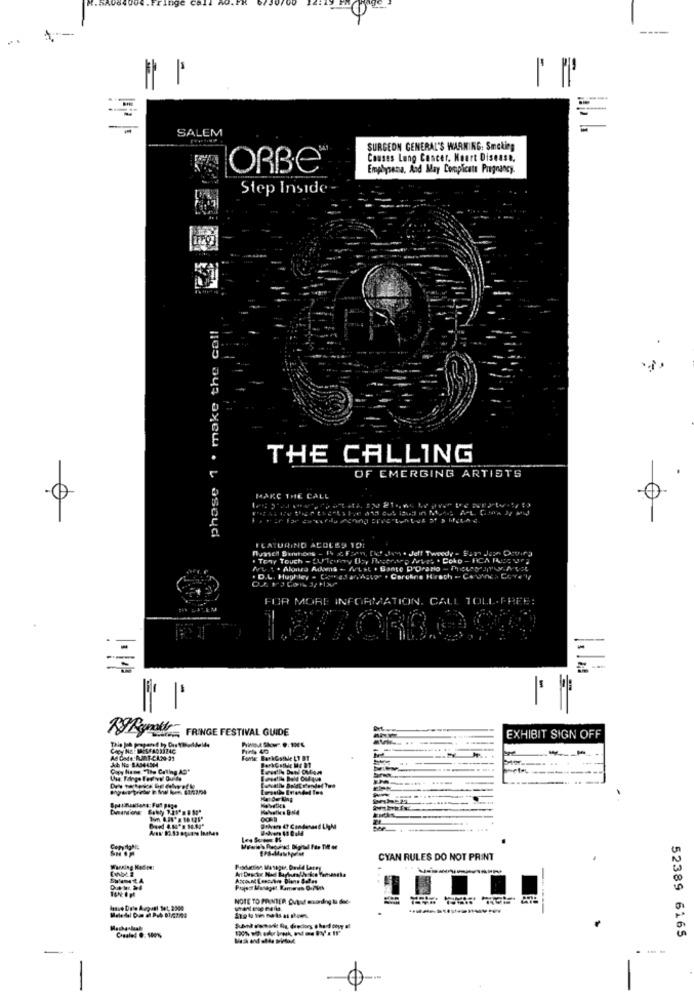
-
SALEM
SURGEON GENERAL'S WARNING: Smoking
Causes Lung Cancer. Heart Disease.
ORBE
Emphysema, And May Complicate Pregnancy.
Step Inside -
phase 1 . make the coll
THE CALLING
OF EMERGING ARTISTS
MAKC THECALL
ILATURING ACOLES 101
. Tony Touch - L'loway Uz, Pegerarp faves . Coko - RCA RSE ura
Att . Aloura Adona - Futst . Bante D'Orario - Meucoraper Ac
. D.L. Hughley . Ciparad an,'Agup" . Caroline Hroch . Co
FOR MORE INFORMATION. CALL TOLL-FREE:
By/ gros FRINGE FESTIVAL GUIDE
EXHIBIT SIGN OFF
Ad Code5
Copy Home "The Calling AD"
Ionally Boldt Fondet Tes
CYAN RULES DO NOT PRINT
NOTE TO PRINTER Dvd exodeg & Sul-
52389 6165
Canalel 0: 100%